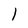
Character: l